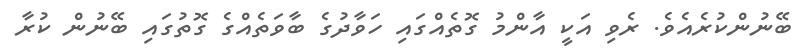
ބޭނުންކުރެއެވެ. ރެވި އަކީ އާންމު ގޮތެއްގައި ހަވާދުގެ ބާވަތެއްގެ ގޮތުގައި ބޭނުން ކުރާ